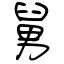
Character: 舅